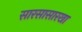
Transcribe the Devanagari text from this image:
सारसासारखा